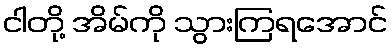
ငါတို့ အိမ်ကို သွားကြရအောင်